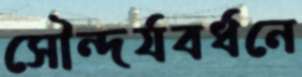
সৌন্দর্যবর্ধনে